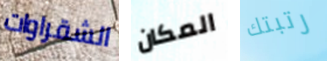
الشقراوات المكان رتبتك